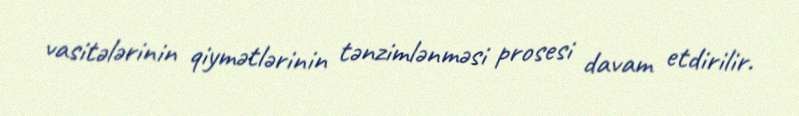
vasitələrinin qiymətlərinin tənzimlənməsi prosesi davam etdirilir.